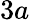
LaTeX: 3a